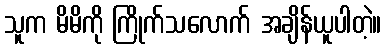
သူက မိမိကို ကြိုက်သလောက် အချိန်ယူပါတဲ့။